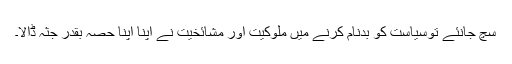
سچ جانئے توسیاست کو بدنام کرنے میں ملوکیت اور مشائخیت نے اپنا اپنا حصہ بقدر جثہ ڈالا۔